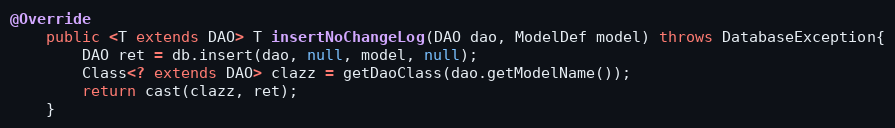
Language: Java
@Override
	public <T extends DAO> T insertNoChangeLog(DAO dao, ModelDef model) throws DatabaseException{
		DAO ret = db.insert(dao, null, model, null);
		Class<? extends DAO> clazz = getDaoClass(dao.getModelName());
		return cast(clazz, ret);
	}